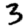
Digit: 3